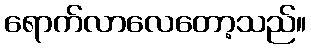
ရောက်လာလေတော့သည်။